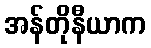
အန်တိုနီယာက